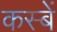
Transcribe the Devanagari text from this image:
कस्‍बें